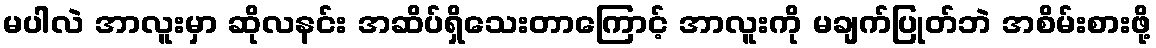
မပါလဲ အာလူးမှာ ဆိုလနင်း အဆိပ်ရှိသေးတာကြောင့် အာလူးကို မချက်ပြုတ်ဘဲ အစိမ်းစားဖို့